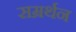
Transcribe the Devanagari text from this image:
सम्रर्थन